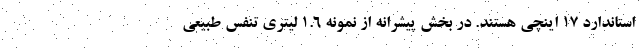
استاندارد 17 اینچی هستند. در بخش پیشرانه از نمونه 1.6 لیتری تنفس طبیعی